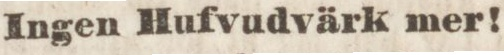
Ingen Hufvudvärk mer!